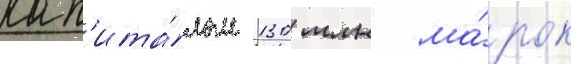
кап'ита́лом 130 млн ма́рок